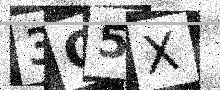
Text: 3Q5X